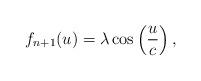
LaTeX: \begin{align*}f_{n+1}(u)=\lambda \cos \left( \frac{u}{c}\right) , \end{align*}